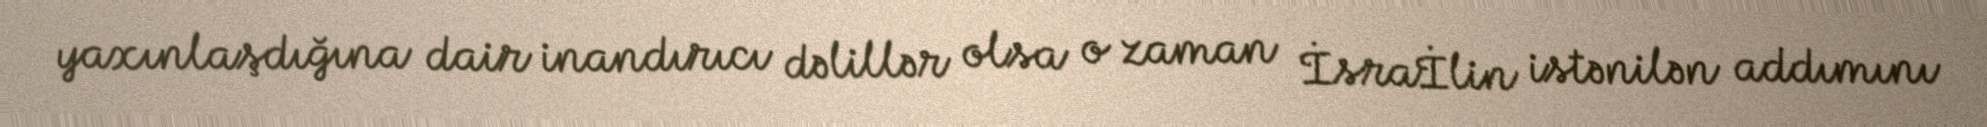
yaxınlaşdığına dair inandırıcı dəlillər olsa o zaman İsraİlin istənilən addımını